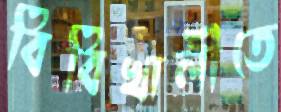
বিবিখালীতে